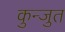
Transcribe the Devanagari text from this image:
कुन्जुत